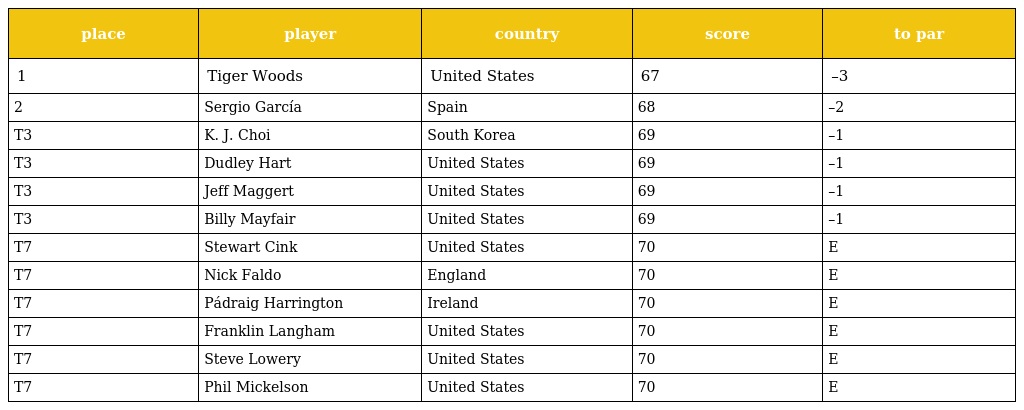
| place | player | country | score | to par |
 | --- | --- | --- | --- | --- |
 | 1 | Tiger Woods | United States | 67 | –3 |
 | 2 | Sergio García | Spain | 68 | –2 |
 | T3 | K. J. Choi | South Korea | 69 | –1 |
 | T3 | Dudley Hart | United States | 69 | –1 |
 | T3 | Jeff Maggert | United States | 69 | –1 |
 | T3 | Billy Mayfair | United States | 69 | –1 |
 | T7 | Stewart Cink | United States | 70 | E |
 | T7 | Nick Faldo | England | 70 | E |
 | T7 | Pádraig Harrington | Ireland | 70 | E |
 | T7 | Franklin Langham | United States | 70 | E |
 | T7 | Steve Lowery | United States | 70 | E |
 | T7 | Phil Mickelson | United States | 70 | E |